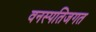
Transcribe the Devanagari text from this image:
वनस्पतिजगत